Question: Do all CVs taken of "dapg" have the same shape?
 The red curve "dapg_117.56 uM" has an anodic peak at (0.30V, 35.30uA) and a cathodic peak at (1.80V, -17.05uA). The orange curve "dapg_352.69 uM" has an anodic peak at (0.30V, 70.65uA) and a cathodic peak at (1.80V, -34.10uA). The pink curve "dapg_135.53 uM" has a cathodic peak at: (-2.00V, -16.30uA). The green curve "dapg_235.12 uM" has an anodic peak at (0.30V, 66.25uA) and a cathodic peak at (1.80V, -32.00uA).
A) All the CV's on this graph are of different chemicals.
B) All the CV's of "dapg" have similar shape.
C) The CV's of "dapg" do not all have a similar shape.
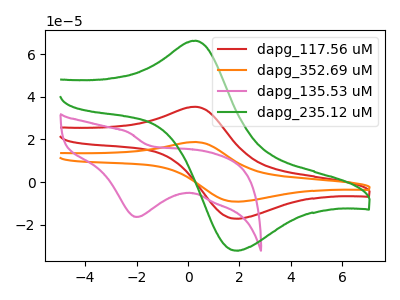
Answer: <think>All the peaks in "dapg_117.56 uM" have a peak in "dapg_352.69 uM" at the same potential. Every peak in "dapg_117.56 uM" is lower than every peak in "dapg_352.69 uM". "dapg_117.56 uM" and "dapg_135.53 uM" have a different number of peaks. All the peaks in "dapg_117.56 uM" have a peak in "dapg_235.12 uM" at the same potential. Every peak in "dapg_117.56 uM" is lower than every peak in "dapg_235.12 uM". "dapg_352.69 uM" and "dapg_135.53 uM" have a different number of peaks. All the peaks in "dapg_352.69 uM" have a peak in "dapg_235.12 uM" at the same potential. Every peak in "dapg_352.69 uM" is higher than every peak in "dapg_235.12 uM". "dapg_135.53 uM" and "dapg_235.12 uM" have a different number of peaks.
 </think>
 <answer>B) All the CV's of "dapg" have similar shape.</answer>
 <eval>B</eval>